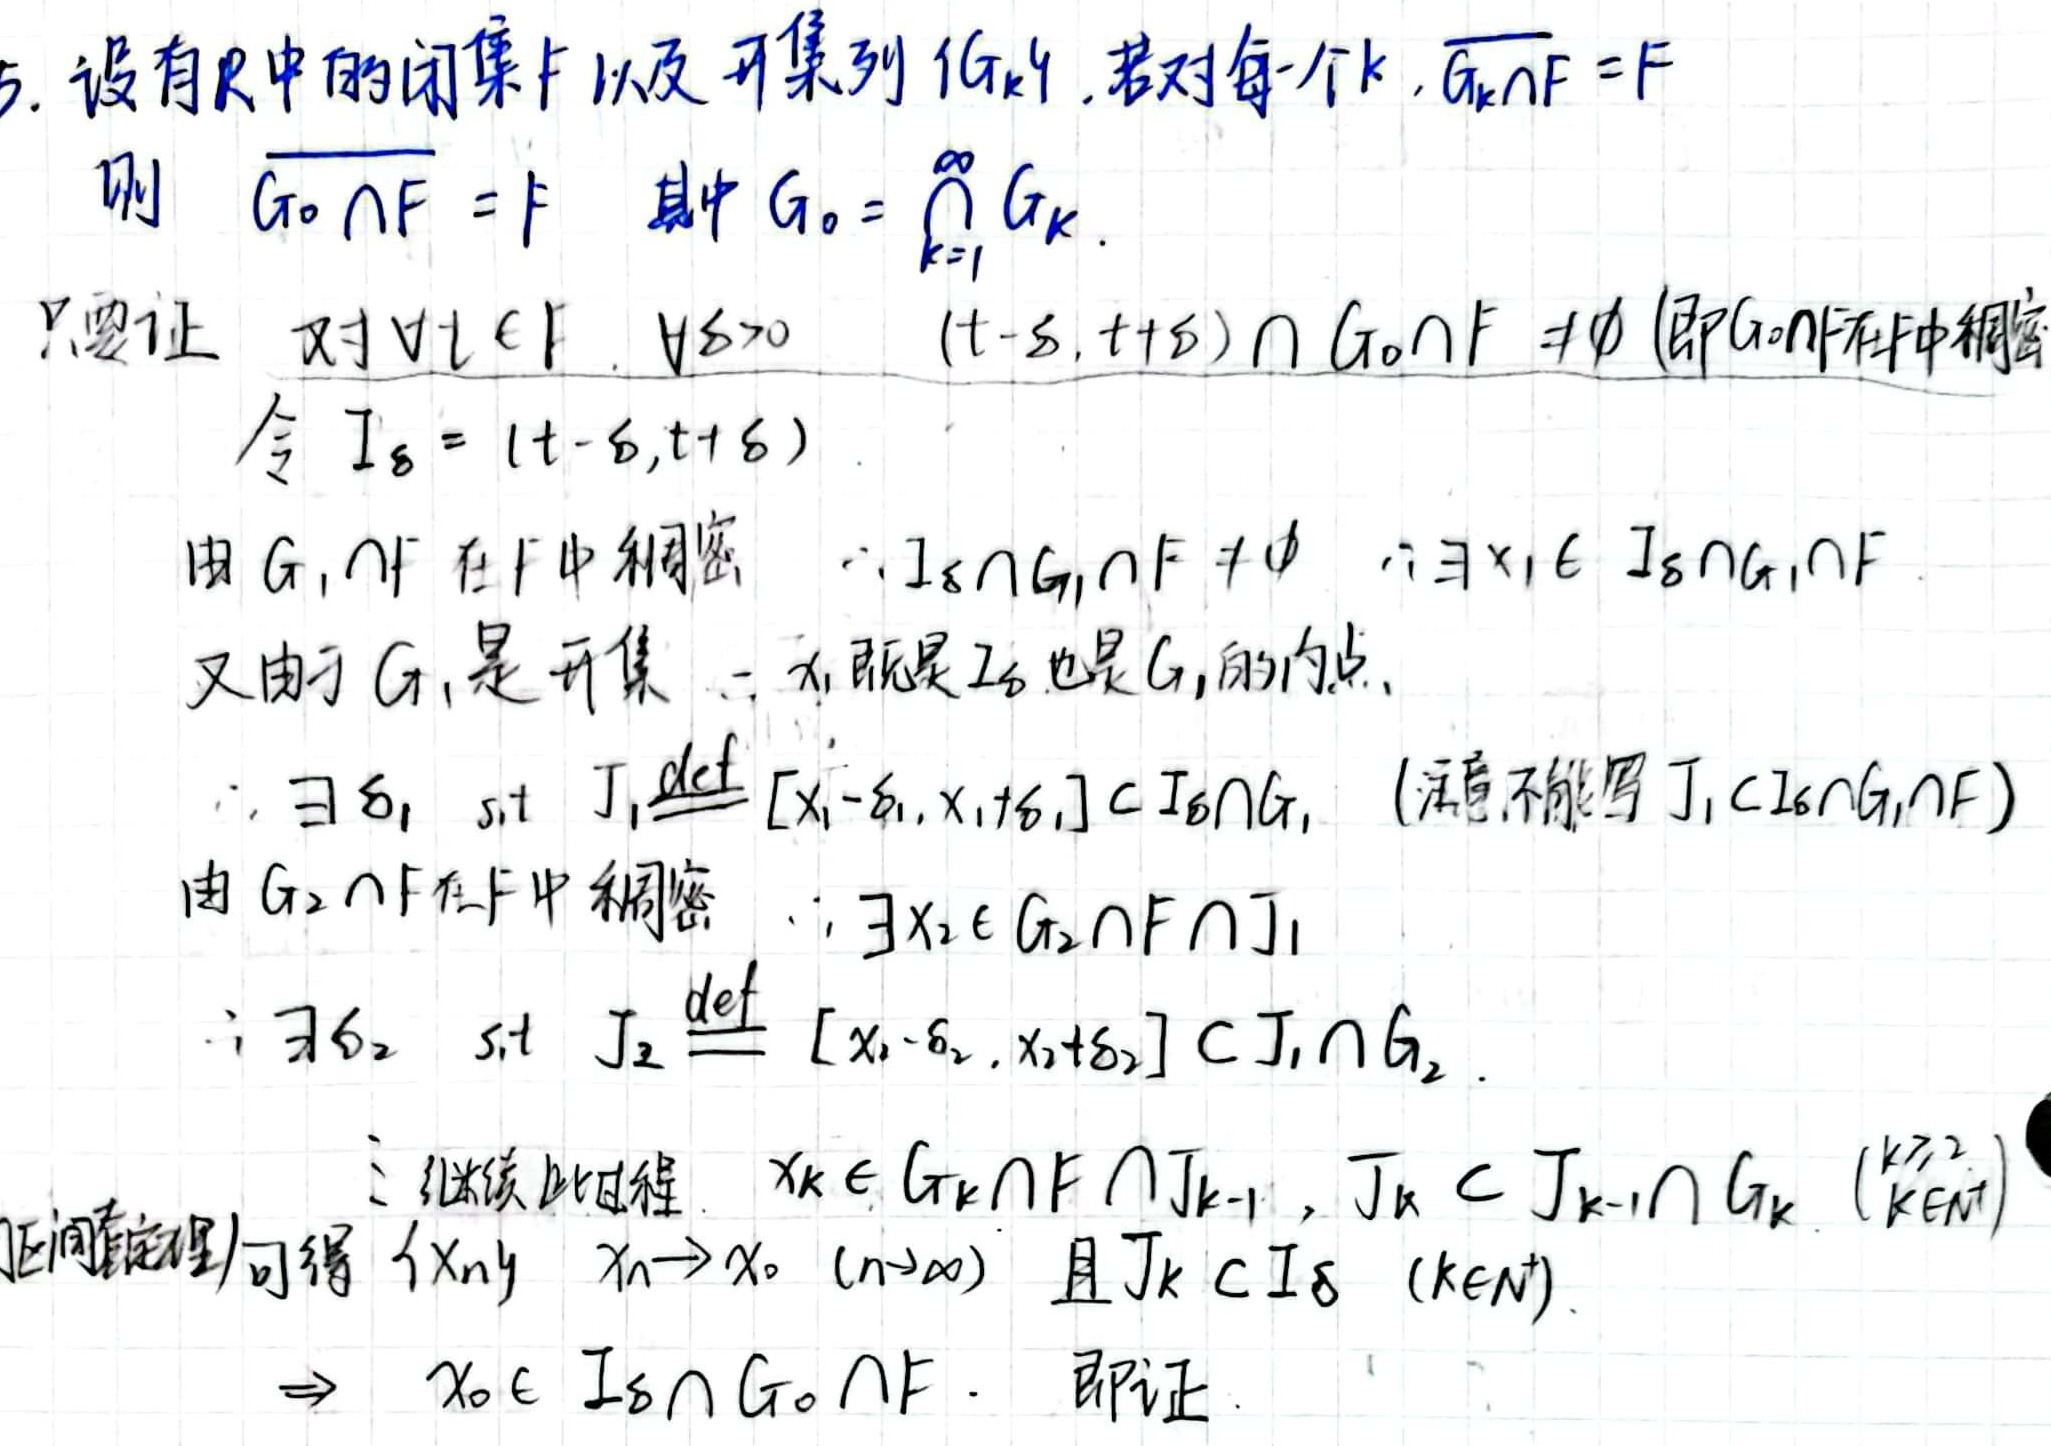
5. 设有$\mathbb{R}$中的闭集$F$以及开集列$\{G_k\}$，若对每一个$k$，$\overline{G_k\cap F}=F$，则$\overline{G_0\cap F}=F$，其中$G_0 = \bigcap_{k = 1}^{\infty}G_k$.

只要证：对$\forall t\in F$，$\forall \delta>0$，$(t - \delta,t+\delta)\cap G_0\cap F\neq\varnothing$（即$G_0\cap F$在$F$中稠密）.

令$I_{\delta}=(t - \delta,t+\delta)$.

由$G_1\cap F$在$F$中稠密，$\therefore I_{\delta}\cap G_1\cap F\neq\varnothing$，$\therefore\exists x_1\in I_{\delta}\cap G_1\cap F$.

又由于$G_1$是开集，$\therefore x_1$既是$I_{\delta}$也是$G_1$的内点.

$\therefore\exists \delta_1$，s.t. $J_1\overset{\text{def}}{=}[x_1-\delta_1,x_1+\delta_1]\subset I_{\delta}\cap G_1$（注意不能写$J_1\subset I_{\delta}\cap G_1\cap F$）.

由$G_2\cap F$在$F$中稠密，$\therefore\exists x_2\in G_2\cap F\cap J_1$.

$\therefore\exists \delta_2$，s.t. $J_2\overset{\text{def}}{=}[x_2-\delta_2,x_2+\delta_2]\subset J_1\cap G_2$.

$\vdots$

继续此过程，$x_k\in G_k\cap F\cap J_{k - 1}$，$J_k\subset J_{k - 1}\cap G_k$（$k\geq2$，$k\in\mathbb{N}$）.

由区间套定理可得$\{x_n\}$，$x_n\rightarrow x_0$（$n\rightarrow\infty$）且$J_k\subset I_{\delta}$（$k\in\mathbb{N}$）.

$\Rightarrow x_0\in I_{\delta}\cap G_0\cap F$. 即证.